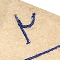
٢